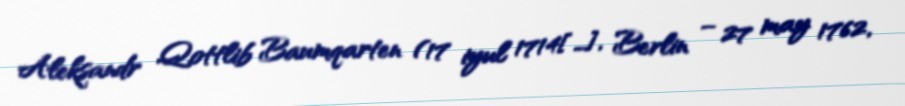
Aleksandr Qottlib Baumqarten (17 iyul 1714[…], Berlin – 27 may 1762,